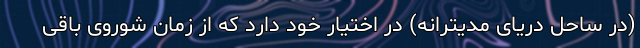
(در ساحل دریای مدیترانه) در اختیار خود دارد که از زمان شوروی باقی